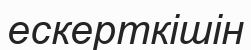
ескерткішін